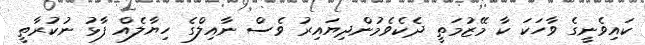
ކައިވެނީގެ ވާހަކަ ކާ މޭޒުމަތީ ދެކެވެމުންދިޔައިރު ވެސް ނާއިލްގެ ހިޔާލެއް ފާޅު ނުކުރާތީ